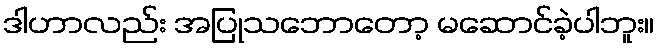
ဒါဟာလည်း အပြုသဘောတော့ မဆောင်ခဲ့ပါဘူး။